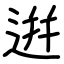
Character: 逬